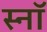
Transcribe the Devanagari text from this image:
स्नॉ